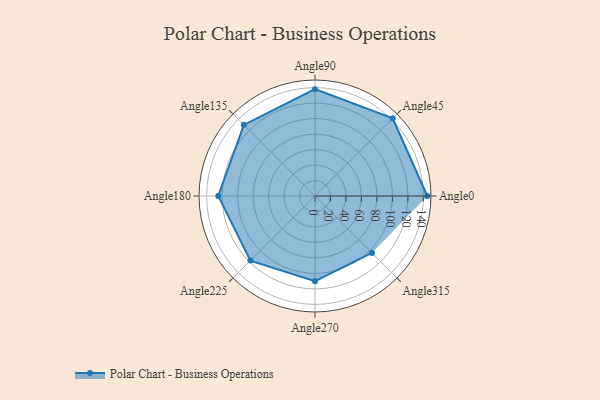
{"axis": {"x": "Angle", "y": "Radius"}, "legend": [""], "data": [{"x": "Angle0", "y": 145.0, "type": ""}, {"x": "Angle45", "y": 142.0, "type": ""}, {"x": "Angle90", "y": 138.0, "type": ""}, {"x": "Angle135", "y": 130.0, "type": ""}, {"x": "Angle180", "y": 125.0, "type": ""}, {"x": "Angle225", "y": 118.0, "type": ""}, {"x": "Angle270", "y": 110.0, "type": ""}, {"x": "Angle315", "y": 104.0, "type": ""}]}